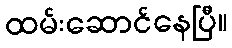
ထမ်းဆောင်နေပြီ။